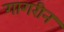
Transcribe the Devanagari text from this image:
गागरीन